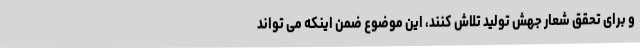
و برای تحقق شعار جهش تولید تلاش کنند، این موضوع ضمن اینکه می تواند